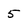
Character: 5